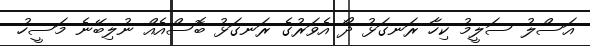
އަސްލު ސަލީމު ކިހާ ރަނގަޅު ދޯ އެވަރުގެ ރަނގަޅު ބޮސްއެއް ނުލިބޭނެ މަސީހު